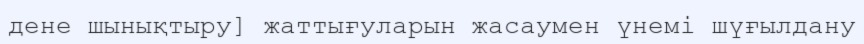
дене шынықтыру] жаттығуларын жасаумен үнемі шүғылдану